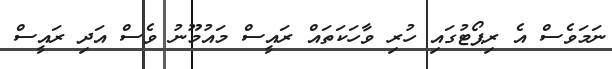
ނަމަވެސް އެ ރިޕޯޓުގައި ހުރި ވާހަކަތައް ރައީސް މައުމޫނު ވެސް އަދި ރައީސް